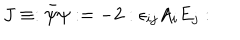
J \equiv : \bar { \psi } \psi : = - 2 : \epsilon _ { i j } A _ { i } E _ { j } :